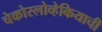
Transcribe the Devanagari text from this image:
चेकोस्लोव्हेकियाची